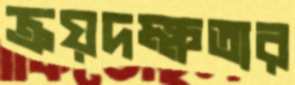
ক্রয়দক্ষতার